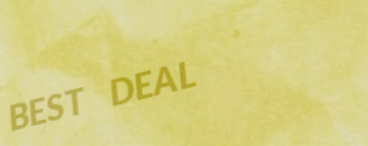
BEST DEAL